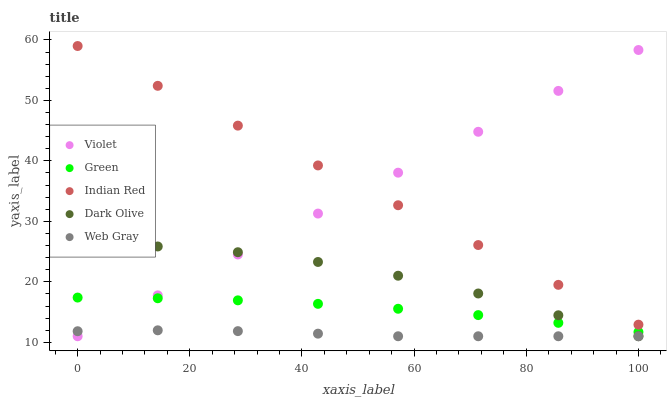
| xaxis_label | Violet | Green | Indian Red | Dark Olive | Web Gray |
 | --- | --- | --- | --- | --- | --- |
 | 0 | 11 | 17.4 | 59 | 26.1 | 11.8 |
 | 14.3 | 17.8 | 17.3 | 52.4 | 25.8 | 12 |
 | 28.6 | 24.5 | 16.9 | 45.8 | 24.9 | 11.8 |
 | 42.9 | 31.3 | 16.4 | 39.3 | 23.3 | 11.4 |
 | 57.1 | 38.1 | 15.5 | 32.7 | 21 | 11 |
 | 71.4 | 44.8 | 14.5 | 26.1 | 18.1 | 11 |
 | 85.7 | 51.6 | 13.2 | 19.5 | 14.5 | 11 |
 | 100 | 58.3 | 11.7 | 12.9 | 11 | 11 |